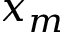
x _ { m }